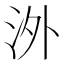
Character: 𣳢